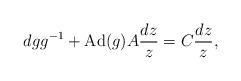
LaTeX: \begin{align*}dgg^{-1}+{\rm Ad}(g)A\frac{dz}{z}=C\frac{dz}{z},\end{align*}